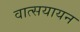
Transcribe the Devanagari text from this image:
वात्सयायन